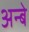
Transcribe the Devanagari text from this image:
अन्बे